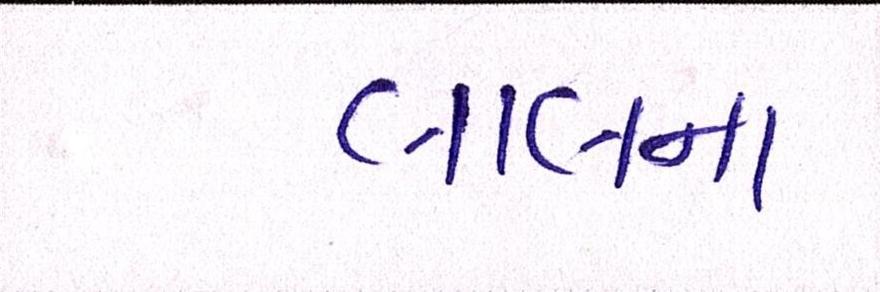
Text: લાલના